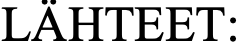
LÄHTEET: